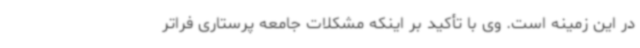
در این زمینه است. وی با تأکید بر اینکه مشکلات جامعه پرستاری فراتر